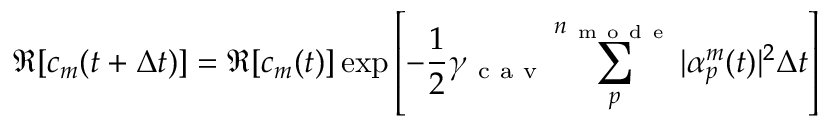
\Re [ c _ { m } ( t + \Delta t ) ] = \Re [ c _ { m } ( t ) ] \exp \left[ - \frac { 1 } { 2 } \gamma _ { \mathrm { ~ c ~ a ~ v ~ } } \sum _ { p } ^ { n _ { \mathrm { ~ m ~ o ~ d ~ e ~ } } } | \alpha _ { p } ^ { m } ( t ) | ^ { 2 } \Delta t \right]